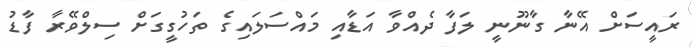
ރައީސަށް އޭނާ ގާނޫނީ ލަފާ ދެއްވާ އަޑާއި މައްސަލައިގެ ތަހުގީގަށް ސިލްވޭރާ ފާޑު